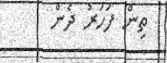
ތިން ފަހަރު ދެން